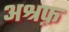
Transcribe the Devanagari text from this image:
अश्रफ़